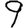
Digit: 9